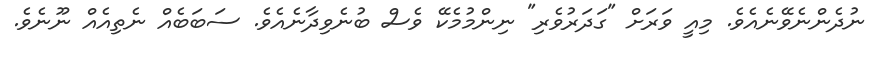
ނުދެންނެވޭނެއެވެ. މިއީ ވަރަށް "ގަދަރުވެރި" ނިންމުމެކޭ ވެސް ބުނެވިދާނެއެވެ. ސަބަބެއް ނެތިއެއް ނޫނެވެ.